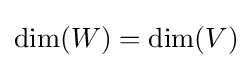
\dim(W)=\dim(V)